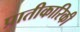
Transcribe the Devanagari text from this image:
प्रातीकारिकी